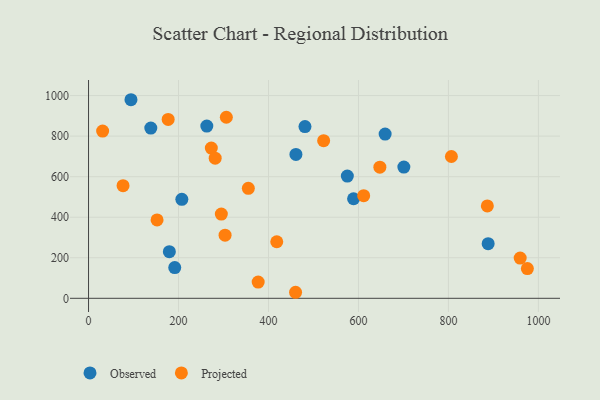
{"axis": {"x": "Ad Spend", "y": "Profit"}, "legend": ["Observed", "Projected"], "data": [{"x": "888.3", "y": 269.5, "type": "Observed"}, {"x": "461.0", "y": 709.6, "type": "Observed"}, {"x": "207.4", "y": 488.2, "type": "Observed"}, {"x": "138.4", "y": 839.6, "type": "Observed"}, {"x": "179.6", "y": 230.1, "type": "Observed"}, {"x": "659.3", "y": 810.3, "type": "Observed"}, {"x": "481.1", "y": 847.3, "type": "Observed"}, {"x": "575.3", "y": 603.0, "type": "Observed"}, {"x": "700.9", "y": 647.2, "type": "Observed"}, {"x": "589.1", "y": 491.1, "type": "Observed"}, {"x": "94.3", "y": 979.5, "type": "Observed"}, {"x": "191.6", "y": 151.3, "type": "Observed"}, {"x": "262.9", "y": 849.5, "type": "Observed"}, {"x": "959.5", "y": 198.4, "type": "Projected"}, {"x": "272.9", "y": 740.8, "type": "Projected"}, {"x": "806.6", "y": 699.4, "type": "Projected"}, {"x": "76.7", "y": 555.4, "type": "Projected"}, {"x": "152.3", "y": 386.7, "type": "Projected"}, {"x": "31.3", "y": 824.7, "type": "Projected"}, {"x": "306.3", "y": 893.1, "type": "Projected"}, {"x": "281.5", "y": 691.1, "type": "Projected"}, {"x": "177.0", "y": 882.1, "type": "Projected"}, {"x": "522.6", "y": 777.6, "type": "Projected"}, {"x": "377.1", "y": 79.9, "type": "Projected"}, {"x": "647.6", "y": 646.8, "type": "Projected"}, {"x": "460.2", "y": 29.7, "type": "Projected"}, {"x": "355.2", "y": 542.3, "type": "Projected"}, {"x": "303.5", "y": 311.4, "type": "Projected"}, {"x": "611.6", "y": 506.2, "type": "Projected"}, {"x": "418.4", "y": 278.9, "type": "Projected"}, {"x": "295.2", "y": 415.2, "type": "Projected"}, {"x": "886.5", "y": 455.6, "type": "Projected"}, {"x": "975.5", "y": 146.8, "type": "Projected"}]}